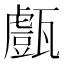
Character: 𤮙